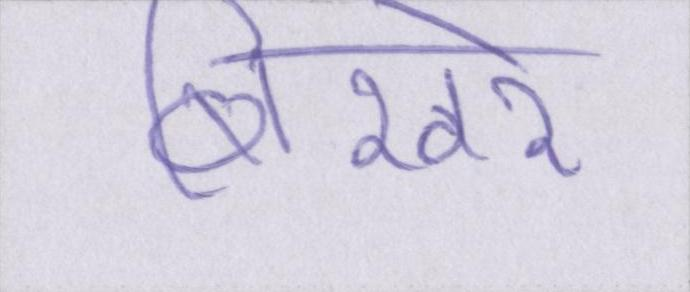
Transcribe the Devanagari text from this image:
बिखरे